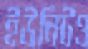
ইউনিটও